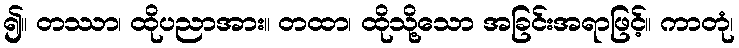
၍။ တဿာ၊ ထိုပညာအား။ တထာ၊ ထိုသို့သော အခြင်းအရာဖြင့်။ ကာတုံ၊